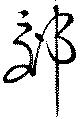
郊